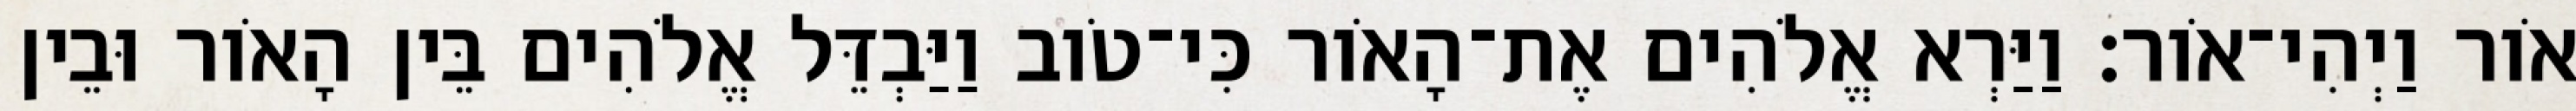
אֹור וַיְהִי־אֹור׃ וַיַּרְא אֱלֹהִים אֶת־הָאֹור כִּי־טֹוב וַיַּבְדֵּל אֱלֹהִים בֵּין הָאֹור וּבֵין